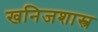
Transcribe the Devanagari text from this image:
खनिजशास्त्र